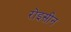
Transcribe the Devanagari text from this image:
रोइसीन